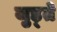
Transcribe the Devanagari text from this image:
जुड़्ते